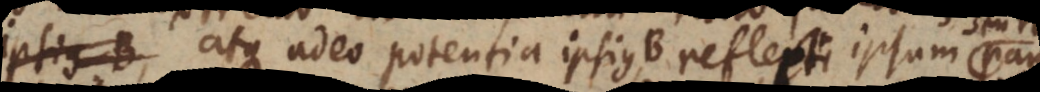
magnitudine atque adeo potentia ipsius B reflecti ipsum paulo